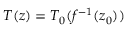
T ( z ) = T _ { 0 } ( f ^ { - 1 } ( z _ { 0 } ) )